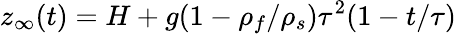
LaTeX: z_{\infty}(t)=H+g(1-\rho_{f}/\rho_{s})\tau^{2}(1-t/\tau)